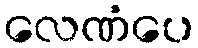
လေဏံပေ